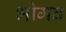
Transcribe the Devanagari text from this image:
भोगव